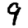
Digit: 9